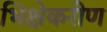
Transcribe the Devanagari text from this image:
भिक्षेकरीण